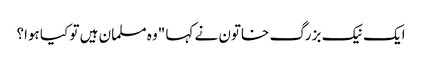
ایک نیک بزرگ خاتون نے کہا "وہ مسلمان ہیں تو کیا ہوا؟